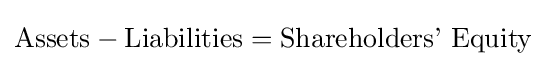
{\text{Assets}}-{\text{Liabilities}}={\text{Shareholders’ Equity}}